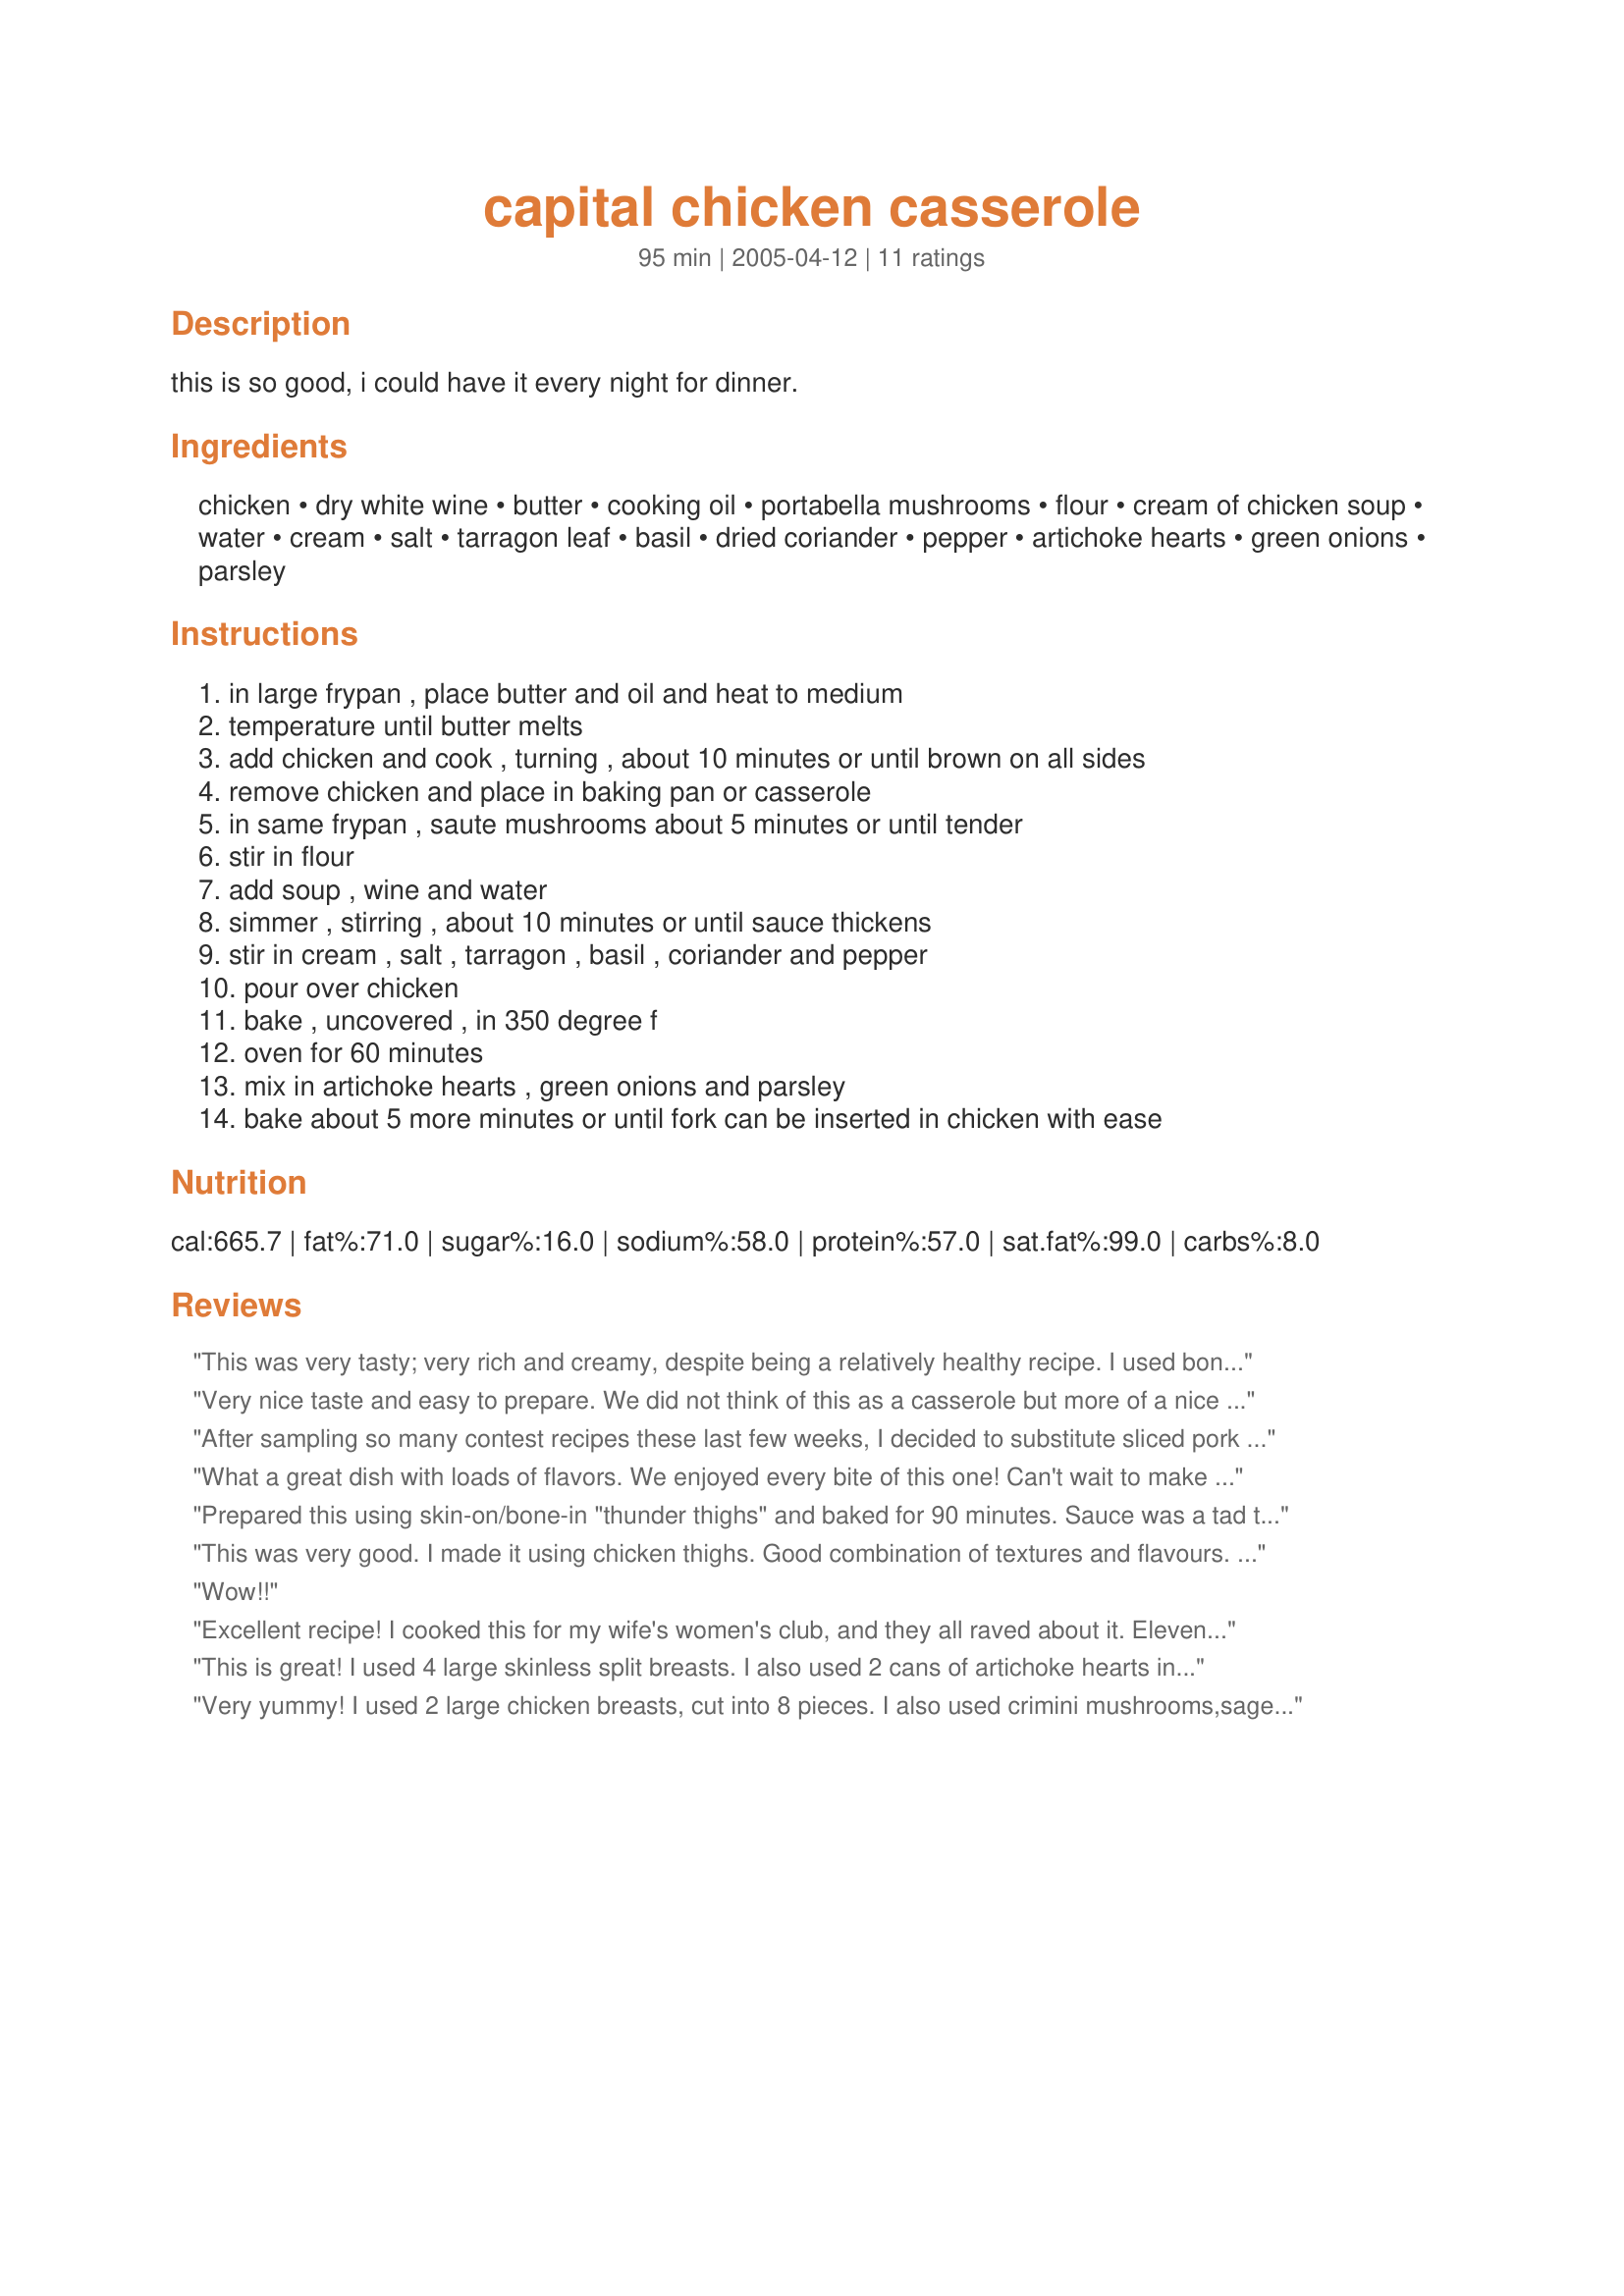
capital chicken casserole
Preparation time: 95 minutes

this is so good, i could have it every night for dinner.

Ingredients:
chicken, dry white wine, butter, cooking oil, portabella mushrooms, flour, cream of chicken soup, water, cream, salt, tarragon leaf, basil, dried coriander, pepper, artichoke hearts, green onions, parsley

Steps:
in large frypan , place butter and oil and heat to medium, temperature until butter melts, add chicken and cook , turning , about 10 minutes or until brown on all sides, remove chicken and place in baking pan or casserole, in same frypan , saute mushrooms about 5 minutes or until tender, stir in flour, add soup , wine and water, simmer , stirring , about 10 minutes or until sauce thickens, stir in cream , salt , tarragon , basil , coriander and pepper, pour over chicken, bake , uncovered , in 350 degree f, oven for 60 minutes, mix in artichoke hearts , green onions and parsley, bake about 5 more minutes or until fork can be inserted in chicken with ease

Reviews:
This was very tasty; very rich and creamy, despite being a relatively healthy recipe. I used boneless skinless chicken breasts and sauted them for 10 minutes; I then only had to cook in the oven for 20 minutes until they were perfect. Served with long grain wild rice and it was very well recieved!
Very nice taste and easy to prepare. We did not think of this as a casserole but more of a nice chicken with a wonderful sauce. We enjoyed the mix of chicken, portabellos and artichoke hearts. I used boneless, skinless chicken breasts and 6 oz of portabello mushrooms as that is the package size. I don't know what is dried coriander and couldn't find any at the store so I used ground coriander.
After sampling so many contest recipes these last few weeks, I decided to substitute sliced pork tenderloin in this recipe for a change of pace. Otherwise I followed the instructions. DH & I both really liked this recipe. The sauce is terrific and has a great flavor. It is very rich golden mushroom style of sauce and the meat is very tender. I will prepare this again, but probably stay with a boneless meat. Adding the artichoke hearts, green onions, and parsley add color and another wow to this recipe. Great job!!
What a great dish with loads of flavors. We enjoyed every bite of this one! Can't wait to make it for my friends. They will be so impressed. Goes great with rice so you can pour the juices over it. Yummy! Thanks!
Prepared this using skin-on/bone-in "thunder thighs" and baked for 90 minutes. Sauce was a tad thin, so would cut back on water next time. Love the flavor artichokes give -- will make this again. Thanks for posting, JustaQT.
This was very good. I made it using chicken thighs. Good combination of textures and flavours. Thanks!
Wow!!
Excellent recipe! I cooked this for my wife's women's club, and they all raved about it. Eleven women can't be wrong!
This is great! I used 4 large skinless split breasts. I also used 2 cans of artichoke hearts instead of one and I cut each in half so the juice would soak in better. Didn't have parsley, still great without it. Used a 2004 Montes Chardonnay Reserve so I was very pleased with the result! I did cut back the salt to 1/2 tsp and next time I will leave it out completely because the salt from the soup is enough.
Very yummy! I used 2 large chicken breasts, cut into 8 pieces. I also used crimini mushrooms,sage instead of tarragon, and half the artichokes and onions. I loved the artichokes in the sauce.
I served with yellow rice, green beans, and Texas toast. Would also be great over pasta. 
Great recipe, thank-you.
OMG This is so good! I cannot wait to make it again!
